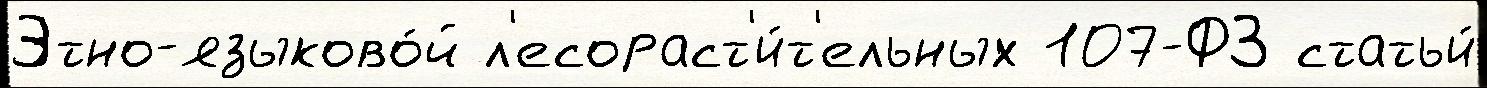
Этно-языково́й л'есораст'и́т'ельных 107-ФЗ статьи́